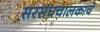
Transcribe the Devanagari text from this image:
सरसंघचालकाचे